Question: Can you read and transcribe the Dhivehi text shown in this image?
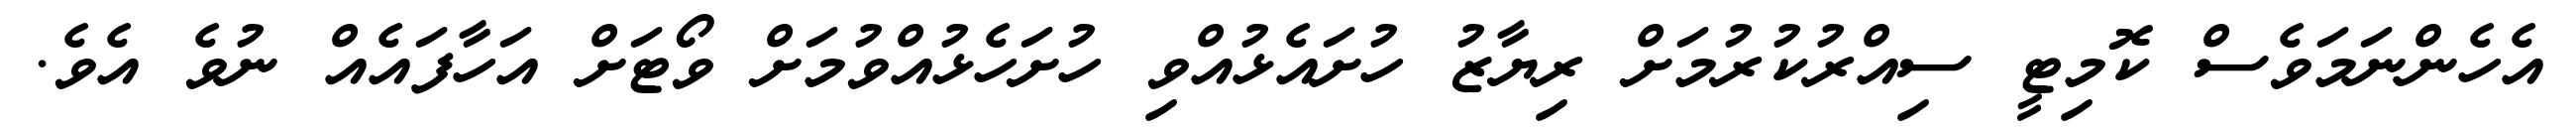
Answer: އެހެންނަމަވެސް ކޮމިޓީ ސިއްރުކުރުމަށް ރިޔާޒު ހުށައެޅުއްވި ހުށަހެޅުއްވުމަށް ވޯޓަށް އަހާފައެއް ނުވެ އެވެ.